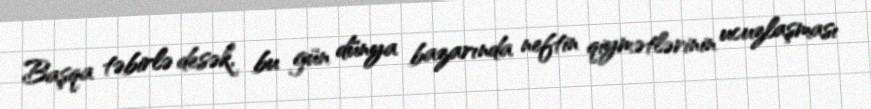
Başqa təbirlə desək, bu gün dünya bazarında neftin qiymətlərinin ucuzlaşması